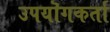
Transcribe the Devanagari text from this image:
उपयॊगकर्ता